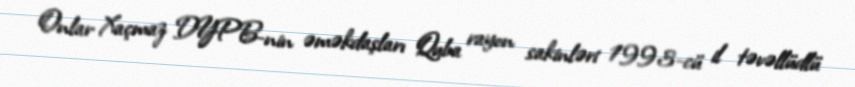
Onlar Xaçmaz DYPB-nin əməkdaşları Quba rayon sakinləri 1993-cü il təvəllüdlü